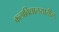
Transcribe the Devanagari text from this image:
कलाविद्यालयातील